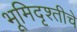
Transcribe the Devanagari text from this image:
भूमिदृश्तीचे